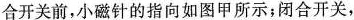
合开关前，小磁针的指向如图甲所示；闭合开关，